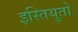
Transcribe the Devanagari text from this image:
इस्तियुतो